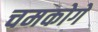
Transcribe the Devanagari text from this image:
चमकोगे